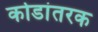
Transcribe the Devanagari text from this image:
कोडांतरक